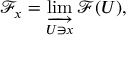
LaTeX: { \mathcal { F } } _ { x } = \varinjlim _ { U \ni x } { \mathcal { F } } ( U ) ,